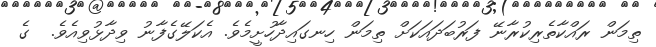
ތިމަން ރައްކާތެރިކުރާނޭ ފަރުބަދައަކަށް ތިމަން ހިނގައިދާހުށީމެވެ. އެކަލޭގެފާނު ވިދާޅުވިއެވެ.  ގެ